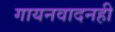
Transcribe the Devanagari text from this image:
गायनवादनही